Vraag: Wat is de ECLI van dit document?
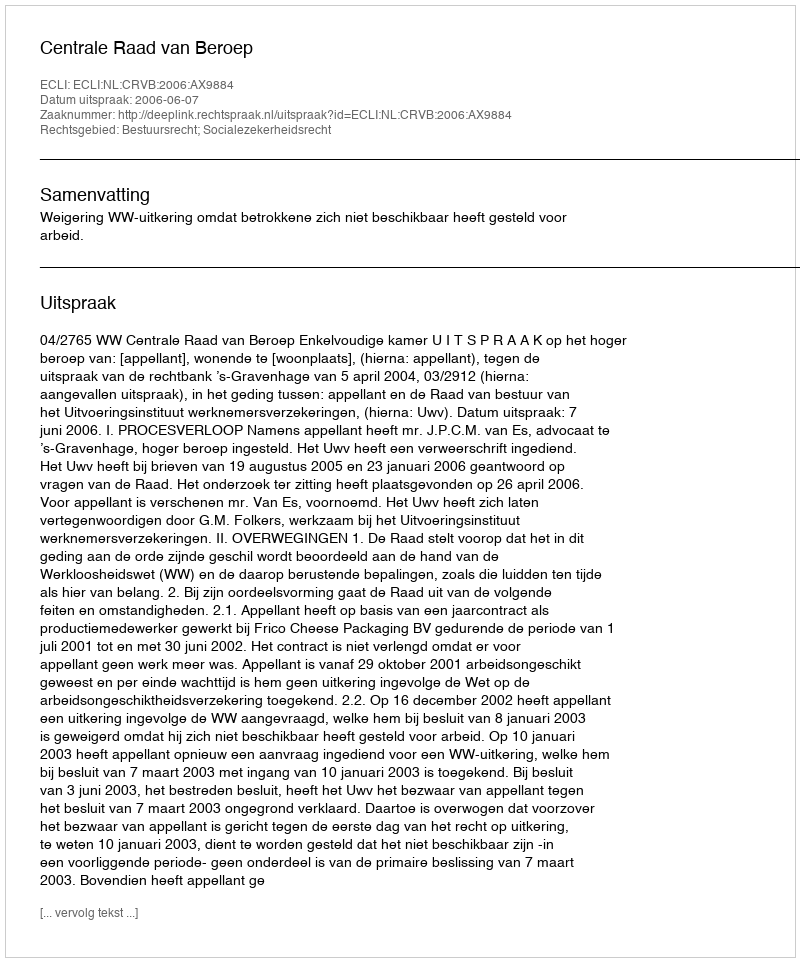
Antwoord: ECLI:NL:CRVB:2006:AX9884